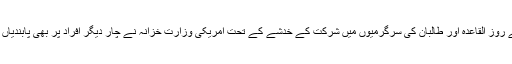
جمعرات کے روز القاعدہ اور طالبان کی سرگرمیوں میں شرکت کے خدشے کے تحت امریکی وزارت خزانہ نے چار دیگر افراد پر بھی پابندیاں عائد کی ہیں۔